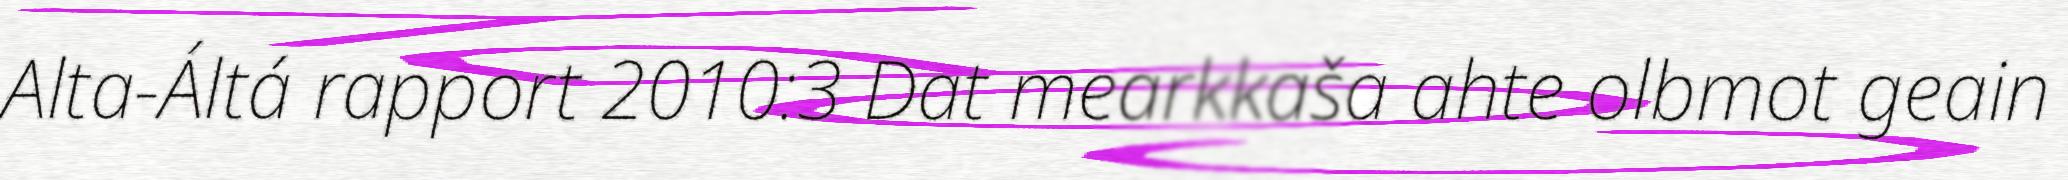
Alta-Áltá rapport 2010:3 Dat mearkkaša ahte olbmot geain